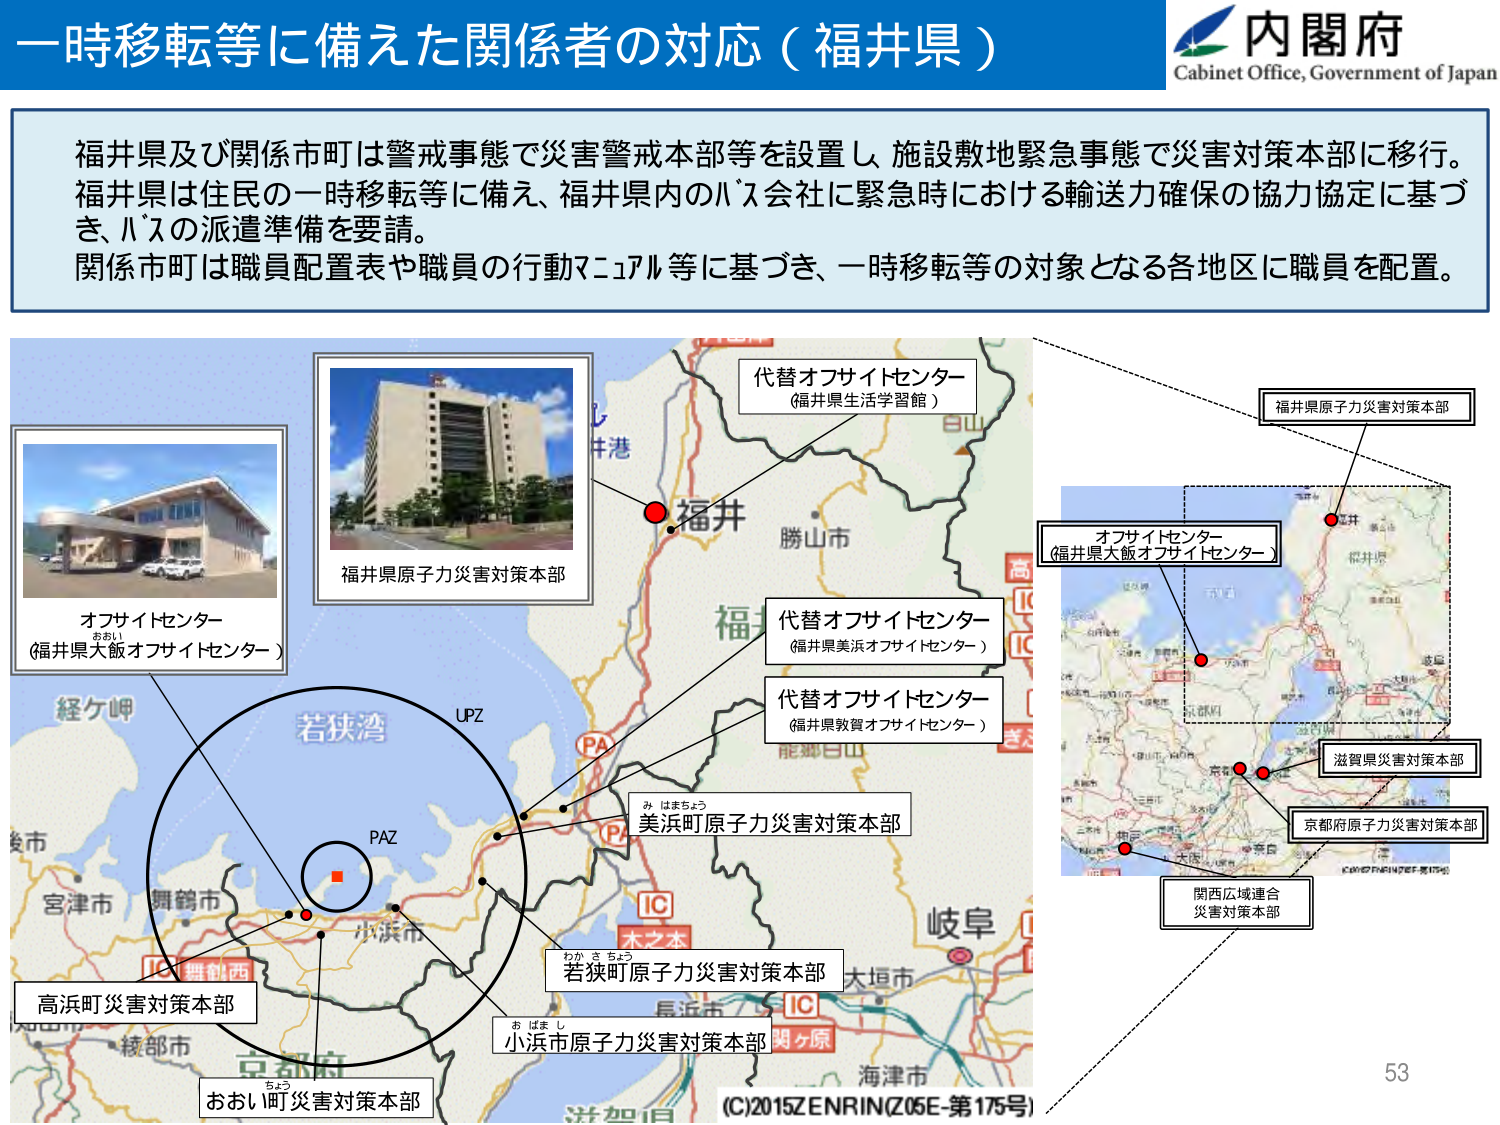
一時移転等に備えた関係者の対応（福井県）

内閣府
Cabinet Office, Government of Japan

福井県及び関係市町は警戒事態で災害警戒本部等を設置し、施設敷地緊急事態で災害対策本部に移行。
福井県は住民の一時移転等に備え、福井県内のバス会社に緊急時における輸送力確保の協力協定に基づき、バスの派遣準備を要請。
関係市町は職員配置表や職員の行動マニュアル等に基づき、一時移転等の対象となる各地区に職員を配置。

オフサイトセンター
（福井県大飯オフサイトセンター）

福井県原子力災害対策本部

代替オフサイトセンター
（福井県生活学習館）

代替オフサイトセンター
（福井県美浜オフサイトセンター）

代替オフサイトセンター
（福井県敦賀オフサイトセンター）

美浜町原子力災害対策本部

若狭町原子力災害対策本部

小浜市原子力災害対策本部

高浜町災害対策本部

おおい町災害対策本部

福井県原子力災害対策本部

オフサイトセンター
（福井県大飯オフサイトセンター）

滋賀県災害対策本部

京都府原子力災害対策本部

関西広域連合
災害対策本部

UPZ
PAZ

（C）2015 ZENRIN（Z05E-第175号）

53